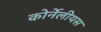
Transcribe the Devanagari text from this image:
कोर्नेलीयस